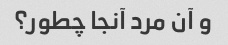
و آن مرد آنجا چطور؟